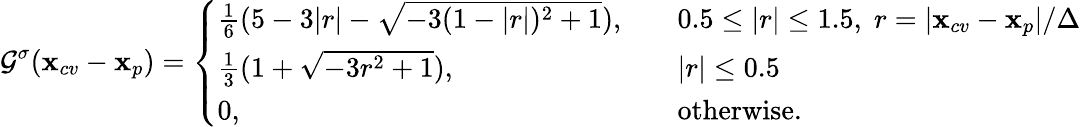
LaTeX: {\mathcal G}^{\sigma}(\mathbf{x}_{cv}-\mathbf{x}_{p})=\left\{ \begin{array}{ll}{\frac{1}{6}(5-3|r|-\sqrt{-3(1-|r|)^{2}+1}),}&{~~~~0.5\leq|r|\leq 1.5,\; r=|\mathbf{x}_{cv}-\mathbf{x}_{p}|/{\Delta}}\\ {\frac{1}{3}(1+\sqrt{-3r^{2}+1}),}&{~~~~|r|\leq 0.5}\\ {0,}&{~~~~\mathrm{otherwise.}}\end{array}\right.